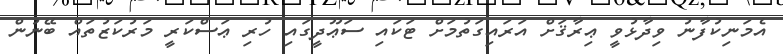
އެމަނިކުފާނު ވިދާޅުވީ ޢިރާޤަށް އަރައިގަތުމަށް ޓަކައި ސަޢޫދީގައި ހުރި ޢަސްކަރީ މަރުކަޒުތައް ބޭނުން